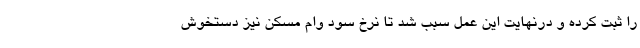
را ثبت کرده و درنهایت این عمل سبب شد تا نرخ سود وام مسکن نیز دستخوش